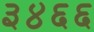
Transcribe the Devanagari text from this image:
३४६६